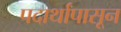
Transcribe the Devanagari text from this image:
पदार्थांपासून